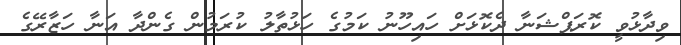
ވިދާޅުވީ ކޮރަޕްޝަނާ ދެކޮޅަށް ހައިހޫނު ކަމުގެ ހަޅުތާލު ކުރަމުން ގެންދާ އަނާ ހަޒާރޭގެ